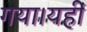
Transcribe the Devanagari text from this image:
गया।यहीं